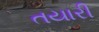
તયારી